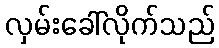
လှမ်းခေါ်လိုက်သည်